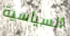
السياسية